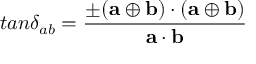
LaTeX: t a n \delta _ { a b } = { \frac { \pm ( { \bf a } \oplus { \bf b } ) \cdot ( { \bf a } \oplus { \bf b } ) } { { \bf a } \cdot { \bf b } } }